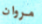
مروان